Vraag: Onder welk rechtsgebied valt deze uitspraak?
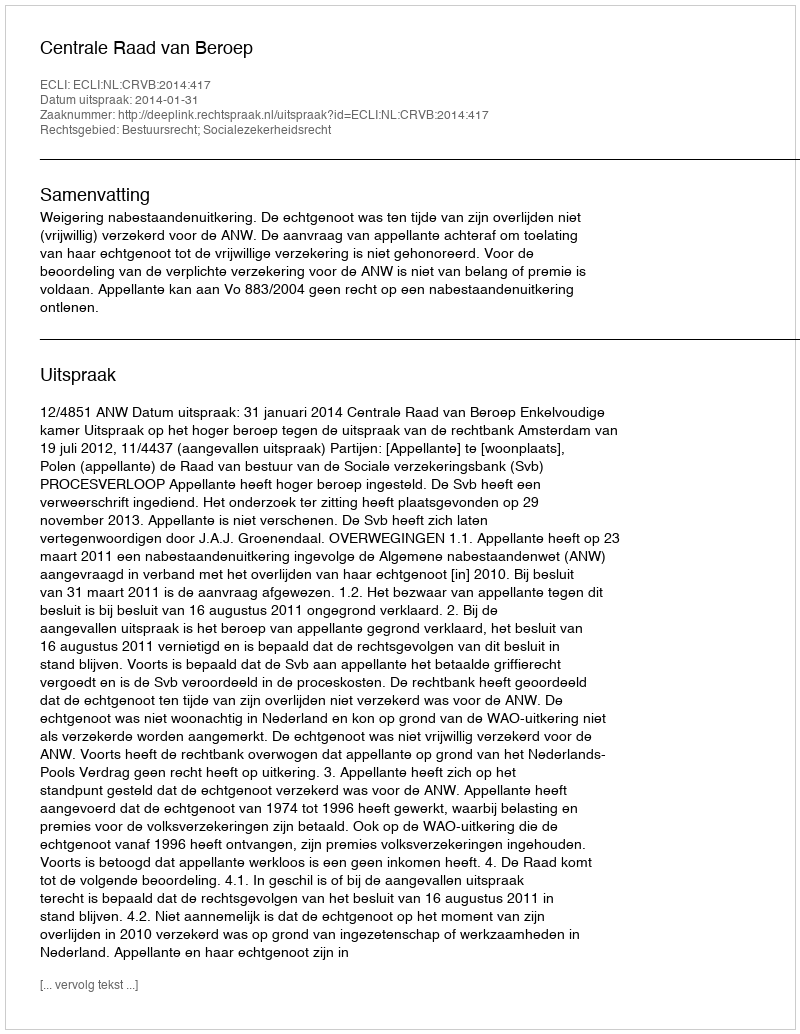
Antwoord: Bestuursrecht; Socialezekerheidsrecht